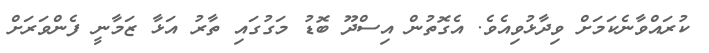
ކުރައްވާނެކަމަށް ވިދާޅުވިއެވެ. އެގޮތުން އިސްދޫ ބޮޑު މަގުގައި ތާރު އަޅާ ޒަމާނީ ފެންވަރަށް